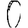
Digit: 0